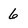
Character: 6